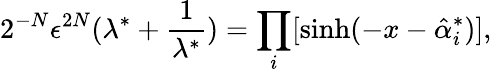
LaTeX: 2^{-N}\epsilon^{2N}(\lambda^{*}+\frac{1}{\lambda^{*}})=\prod_{i}[\sinh(-x-\hat{\alpha}_{i}^{*})],